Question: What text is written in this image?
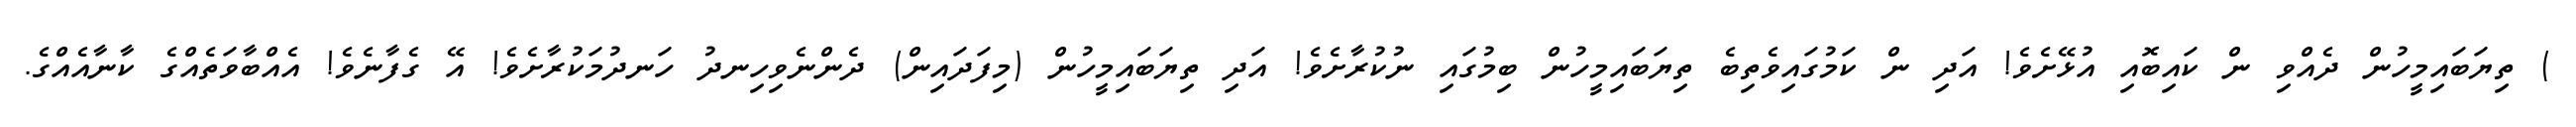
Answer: ) ތިޔަބައިމީހުން ދެއްވި ން ކައިބޮއި އުޅޭށެވެ! އަދި ން ކަމުގައިވެތިބެ ތިޔަބައިމީހުން ބިމުގައި ނުކުރާށެވެ! އަދި ތިޔަބައިމީހުން (މިފަދައިން) ދެންނެވިހިނދު ހަނދުމަކުރާށެވެ! އޭ ގެފާނެވެ! އެއްބާވަތެއްގެ ކާނާއެއްގެ.